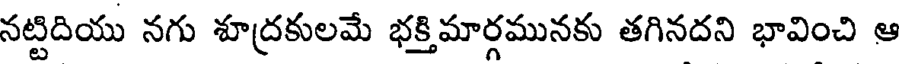
నట్టిదియు నగు శూద్రకులమే భక్తిమార్గమునకు తగినదని భావించి ఆ